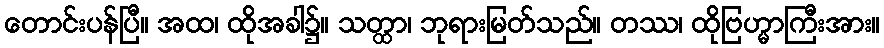
တောင်းပန်ပြီ။ အထ၊ ထိုအခါ၌။ သတ္ထာ၊ ဘုရားမြတ်သည်။ တဿ၊ ထိုဗြဟ္မာကြီးအား။